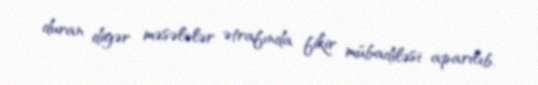
duran digər məsələlər ətrafında fikir mübadiləsi aparılıb.